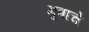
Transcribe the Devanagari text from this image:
मुत्राचे